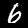
Label: 6